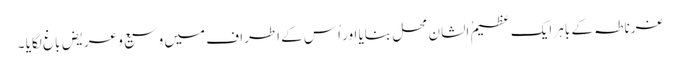
غرناطہ کے باہر ایک عظیمُ الشان محل بنایا اور اُس کے اَطراف میں وسیع و عریض باغ لگایا ۔